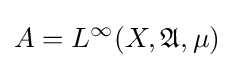
A=L^{\infty }(X,{\mathfrak {A}},\mu )